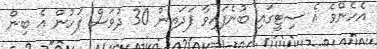
އެހެންވެ އެ ސިޓީގައި ބުނެފައިވާ ފަދައިން 30 ދުވަސް ފަހުން އެ ބިން